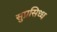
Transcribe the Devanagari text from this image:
सुप्रसिध्‍ध